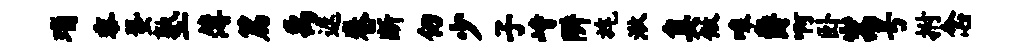
瑙黍蛩塾薄篇禹遮卷断仞少子峙阱旄湫臭做嗥爵啊卧嵩号拊念